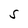
Character: S